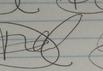
Signature authenticity: forged